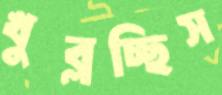
খুব্‌লচ্ছিস